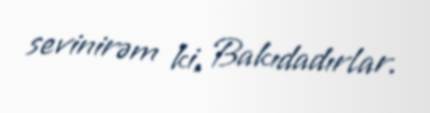
sevinirəm ki, Bakıdadırlar.